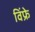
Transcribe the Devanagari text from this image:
विंफ्रे